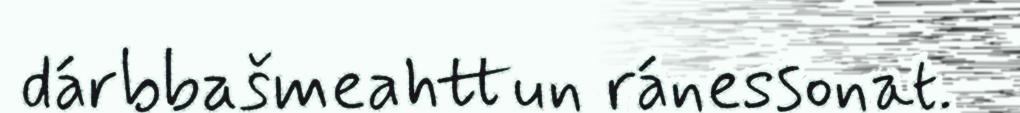
dárbbašmeahttun ránessonat.